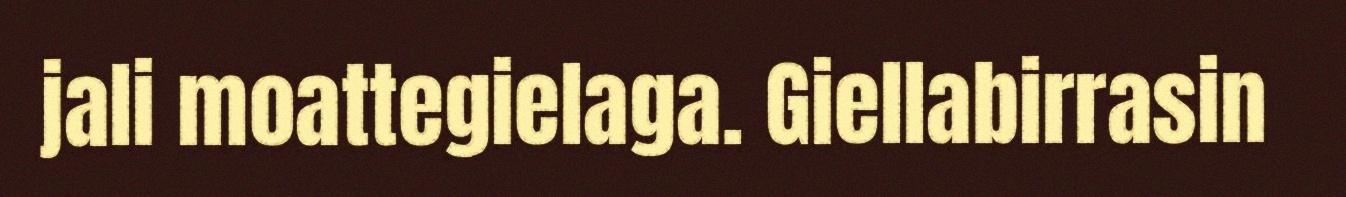
jali moattegielaga. Giellabirrasin